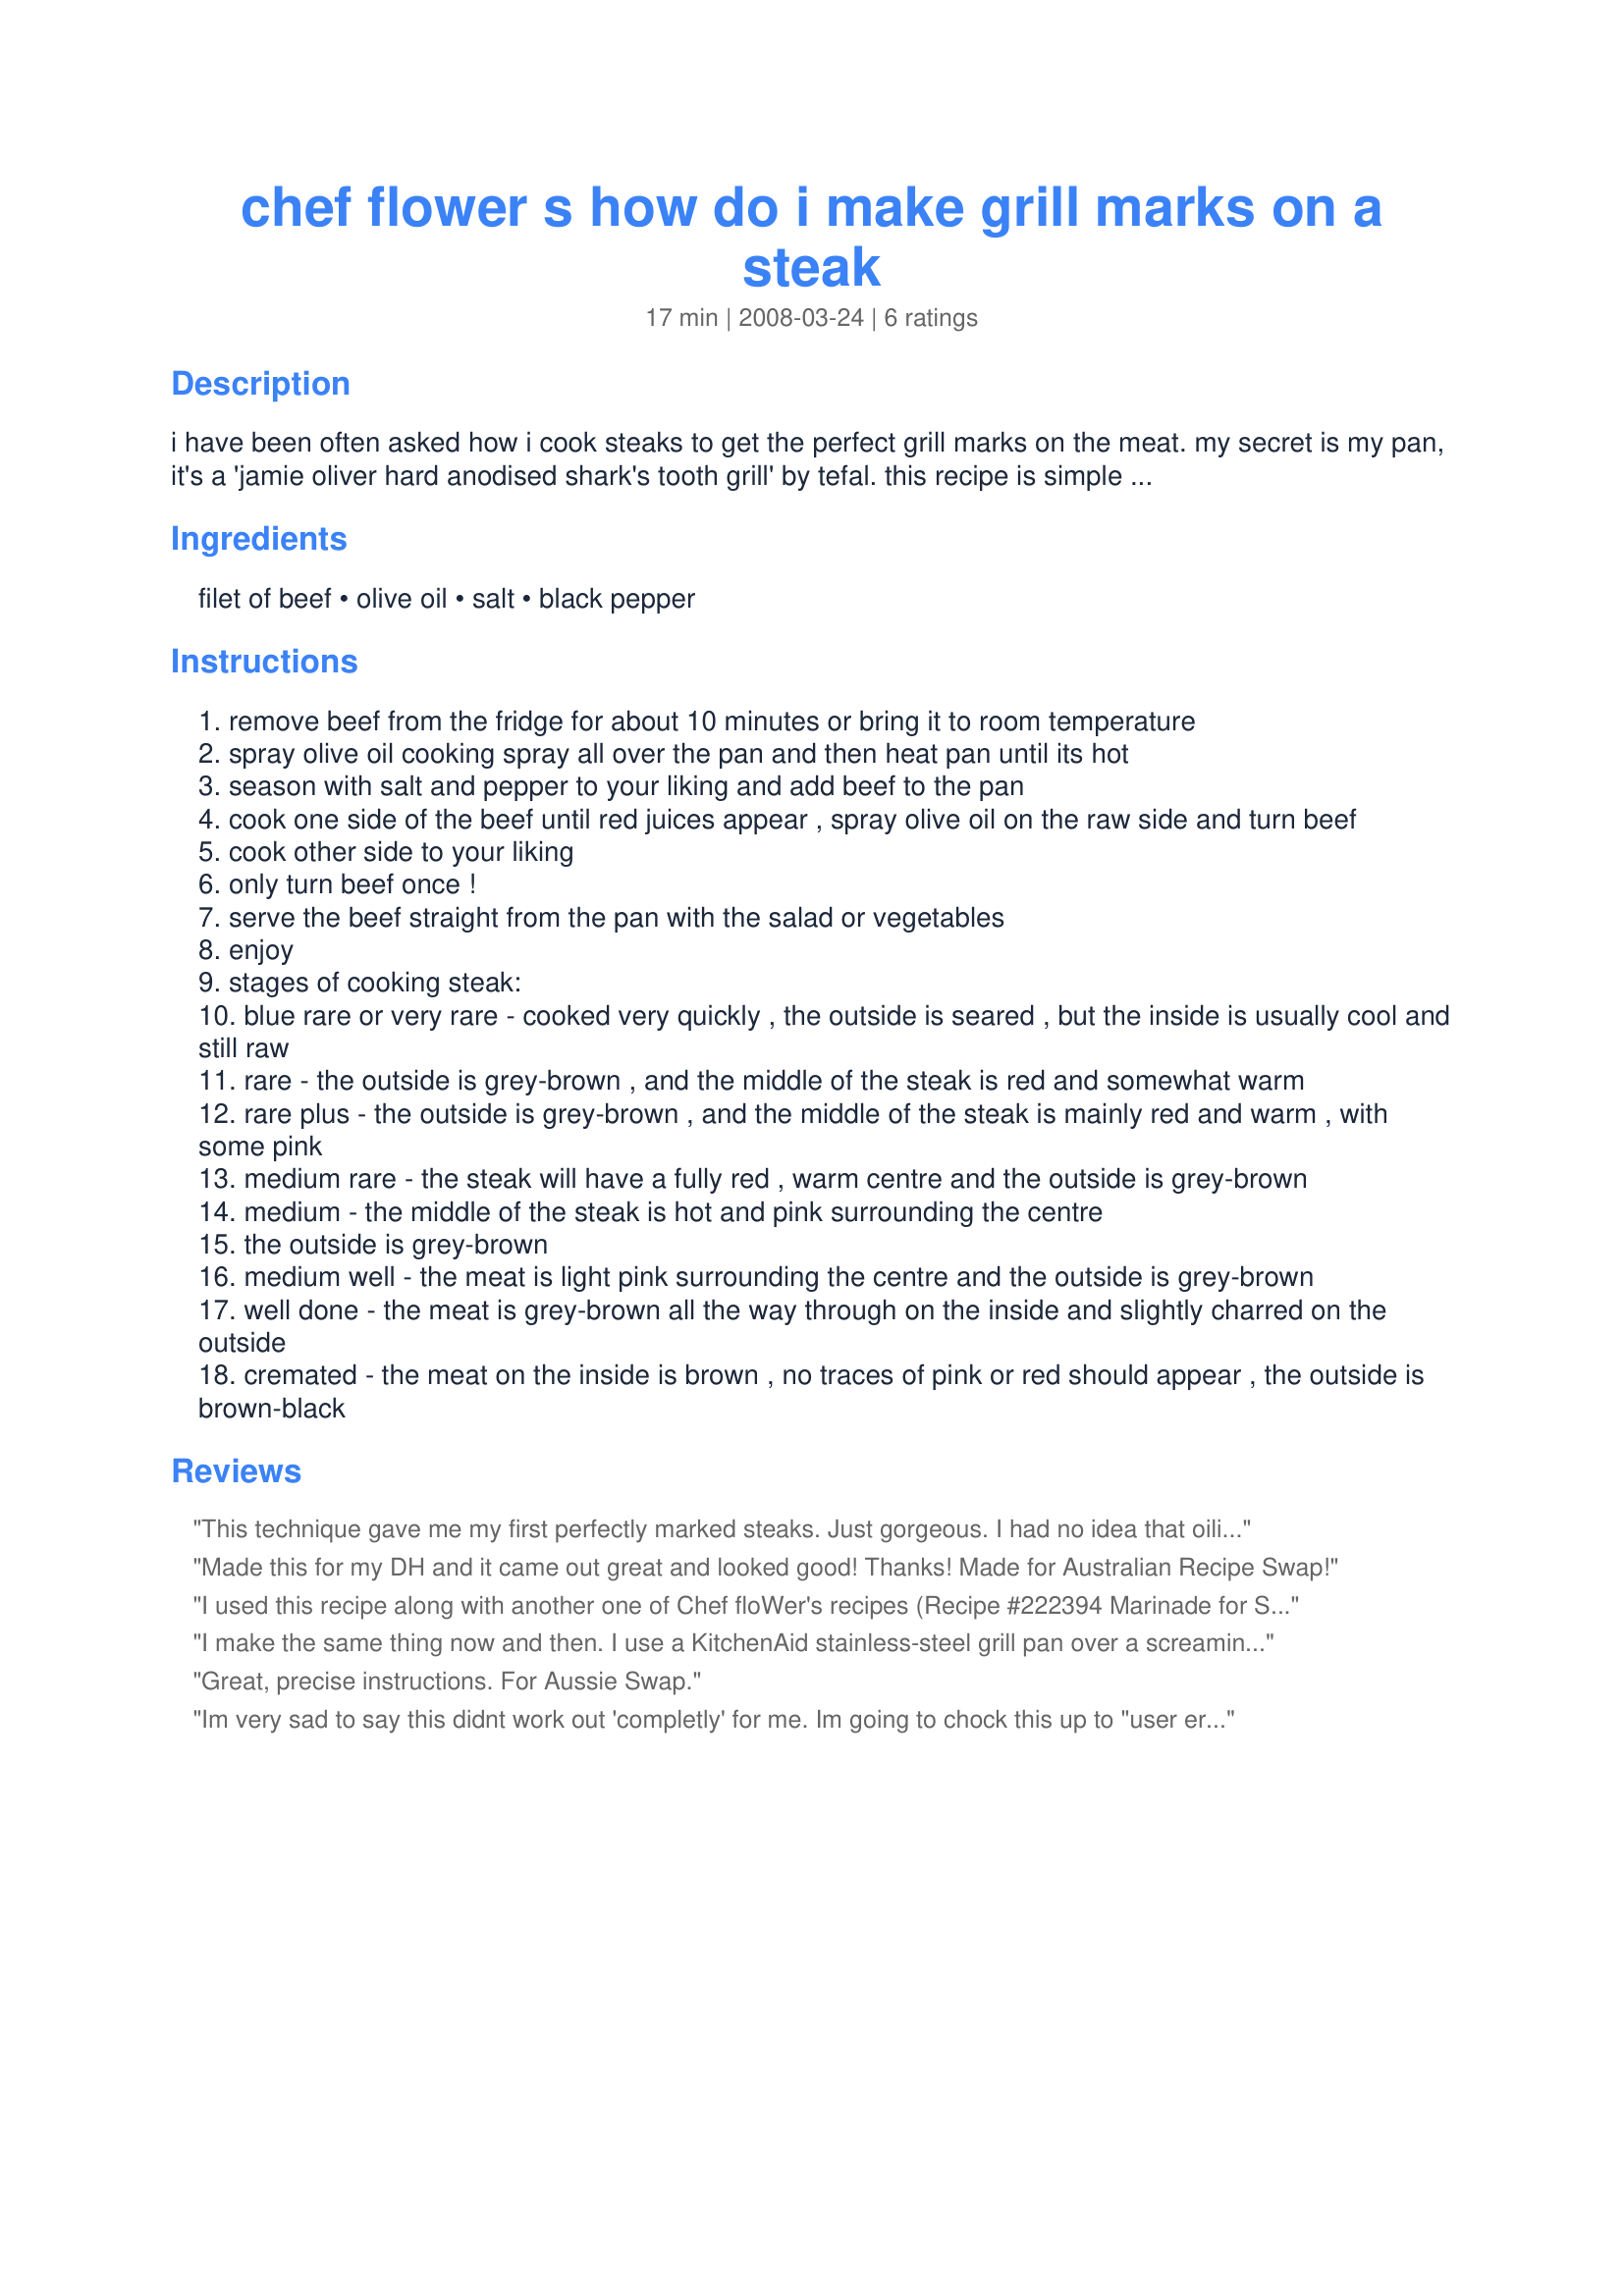
chef flower s how do i make grill marks on a steak
Preparation time: 17 minutes

i have been often asked how i cook steaks to get the perfect grill marks on the meat. my secret is my pan, it's a 'jamie oliver hard anodised shark's tooth grill' by tefal. this recipe is simple but i have been getting many requests to post the recipe. i make it all the time for hubby and little miss (dd)

Ingredients:
filet of beef, olive oil, salt, black pepper

Steps:
remove beef from the fridge for about 10 minutes or bring it to room temperature
spray olive oil cooking spray all over the pan and then heat pan until its hot
season with salt and pepper to your liking and add beef to the pan
cook one side of the beef until red juices appear , spray olive oil on the raw side and turn beef
cook other side to your liking
only turn beef once !
serve the beef straight from the pan with the salad or vegetables
enjoy
stages of cooking steak:
blue rare or very rare - cooked very quickly , the outside is seared , but the inside is usually cool and still raw
rare - the outside is grey-brown , and the middle of the steak is red and somewhat warm
rare plus - the outside is grey-brown , and the middle of the steak is mainly red and warm , with some pink
medium rare - the steak will have a fully red , warm centre and the outside is grey-brown
medium - the middle of the steak is hot and pink surrounding the centre
the outside is grey-brown
medium well - the meat is light pink surrounding the centre and the outside is grey-brown
well done - the meat is grey-brown all the way through on the inside and slightly charred on the outside
cremated - the meat on the inside is brown , no traces of pink or red should appear , the outside is brown-black

Reviews:
This technique gave me my first perfectly marked steaks. Just gorgeous. I had no idea that oiling the "second side" of a steak could make such a difference. I used my cast-iron grill pan (inexpensive but works beautifully) and a rib steak. I am happy I tagged this!
Made this for my DH and it came out great and looked good! Thanks! Made for Australian Recipe Swap!
I used this recipe along with another one of Chef floWer's recipes (Recipe #222394 Marinade for Steak). The results were fabulous. The steaks turned out perfect. I never thought of spraying olive oil on the uncooked side of the steak before turning it over. I ended up with tender, moist steaks that had wonderful grill marks on them. I used my Green Pan non-stick grill skillet and had great results. Thanks for sharing this great technique for grilling steaks. Made for May, 2008 Aussie/NZ Swap.
I make the same thing now and then. I use a KitchenAid stainless-steel grill pan over a screamin' hot fire for just a couple of minutes on each side, for medium-rare. Comes out perfectly every time. The pan was expensive (~$100) but worth every dime. Cleans up just fine in the dishwasher. Sometimes I marinate the steak (usually filet mignon, sometimes DelMonico), but usually just olive oil spray, sea salt, and black pepper. That's almost impossible to ruin.
Great, precise instructions. For Aussie Swap.
Im very sad to say this didnt work out 'completly' for me. Im going to chock this up to "user error" because Im clueless about grilling to begin with and the one side of the steaks started to get some nice marks on them so Im still going give it five stars because Im sure it would have worked completly if (1) the top grill rack hadnt disconected and proceeded to fall on top of the steaks. A whole buch of old char (i guess thats what you would call it) fell on top of them and I just had to remove them and get it off. Then after that fiasco was over I flipped them and not one minute later it started POURING rain. Considering I was hardly dressed for that occasion I pulled everything off the grill and ran inside to finish them on the broiler. But, on the bright side, next time DBF is around to grill well have some beautifully grill marked steaks lol.
